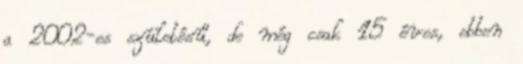
a 2002-es születésű, de még csak 15 éves, ebben